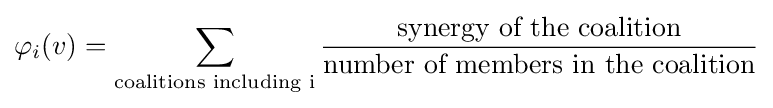
\varphi _{i}(v)=\sum _{\text{coalitions including i}}{\frac {\text{synergy of the coalition}}{\text{number of members in the coalition}}}